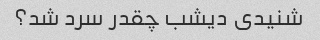
شنیدی دیشب چقدر سرد شد؟